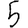
Digit: 5